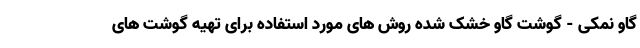
گاو نمکی - گوشت گاو خشک شده روش های مورد استفاده برای تهیه گوشت های